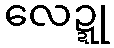
လေဍ္ဍု